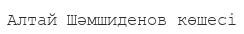
Алтай Шәмшиденов көшесі